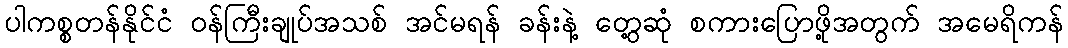
ပါကစ္စတန်နိုင်ငံ ဝန်ကြီးချုပ်အသစ် အင်မရန် ခန်းနဲ့ တွေ့ဆုံ စကားပြောဖို့အတွက် အမေရိကန်